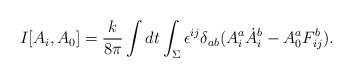
\begin{align*}I[A_i,A_0] = \frac{k}{8\pi} \int dt \int_\Sigma \epsilon^{ij}\delta_{ab} (A^a_i \dot A_i^b - A^a_0 F^b_{ij} ).\end{align*}